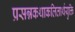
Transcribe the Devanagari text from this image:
प्रसन्नकथाकलितार्थयुक्ति